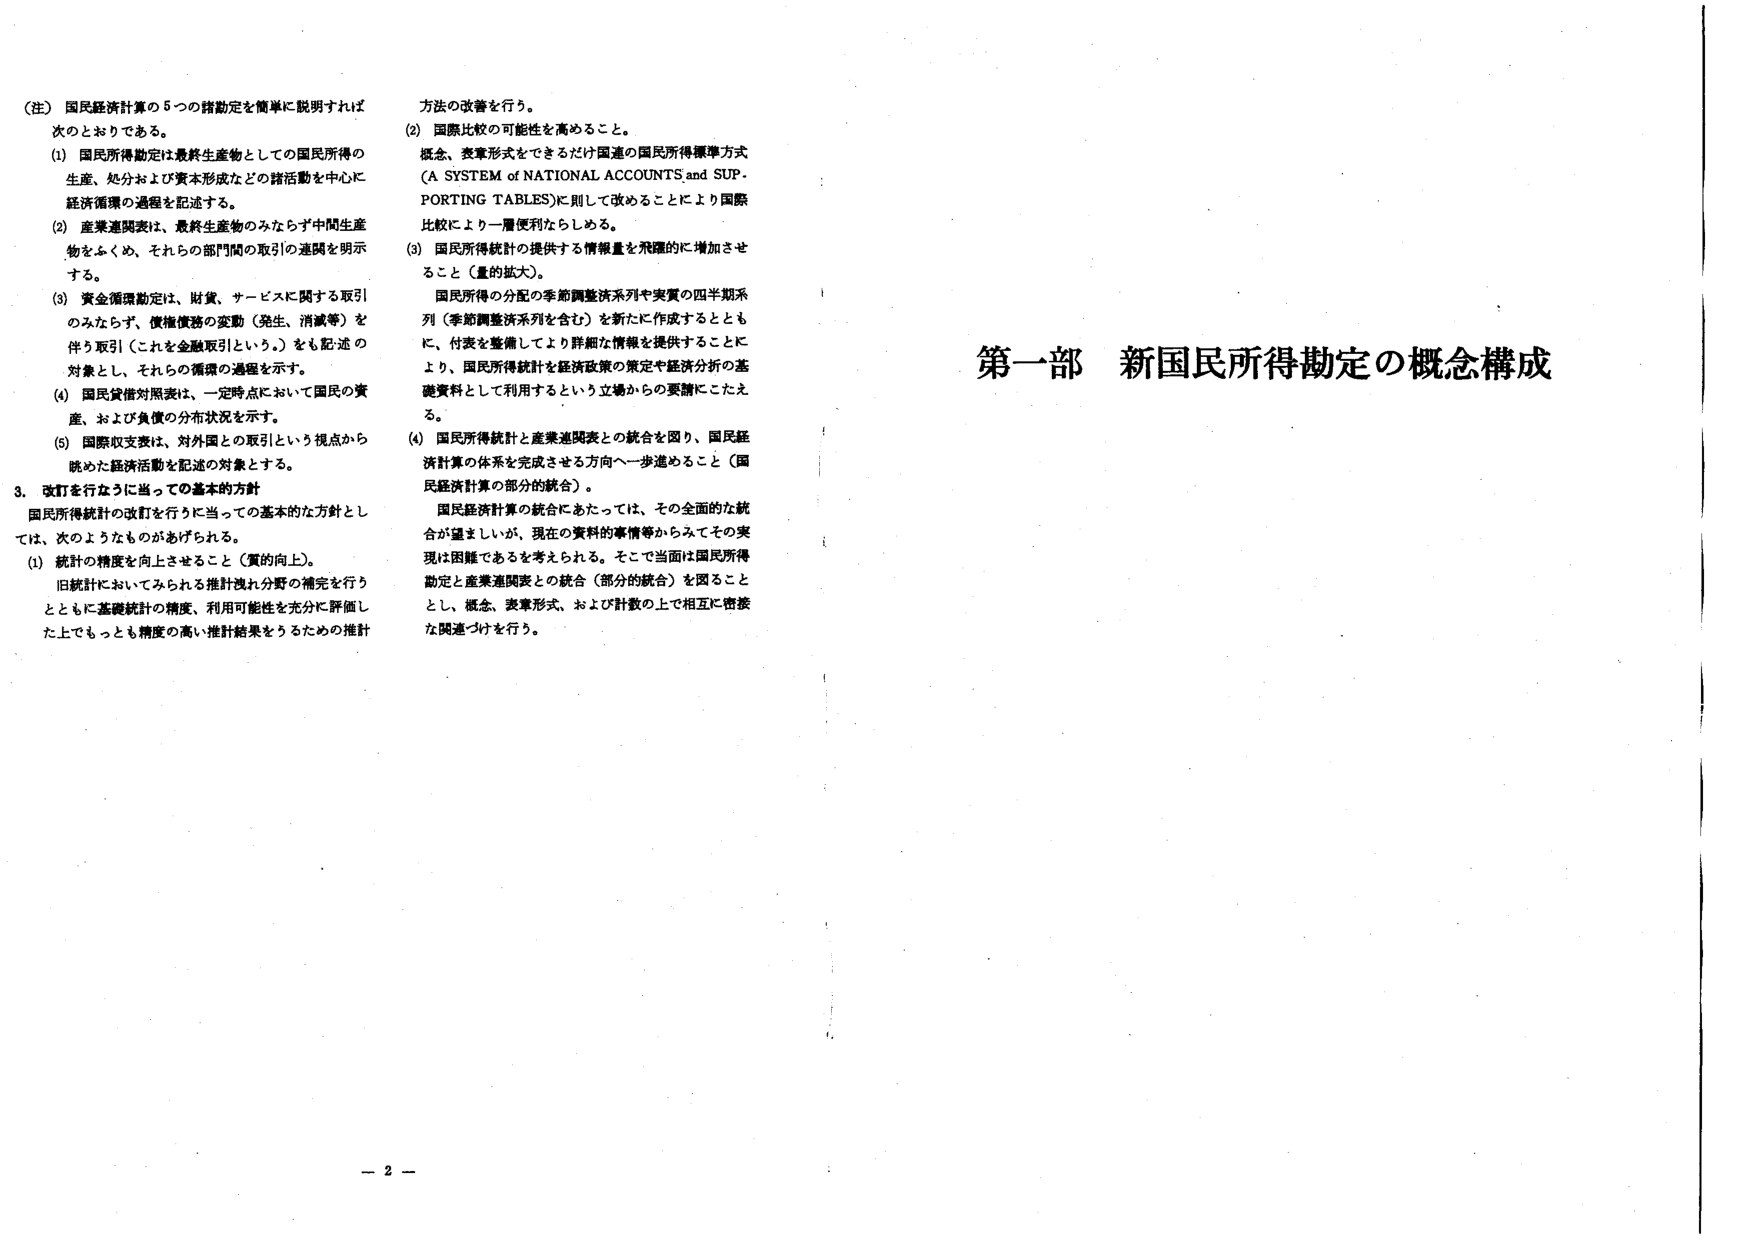
（注）国民経済計算の5つの諸勘定を簡単に説明すれば次のとおりである。
(1) 国民所得勘定は最終生産物としての国民所得の生産、処分および資本形成などの諸活動を中心に経済循環の過程を記述する。
(2) 産業連関表は、最終生産物のみならず中間生産物をふくめ、それらの部門間の取引の連関を明示する。
(3) 資金循環勘定は、財貨、サービスに関する取引のみならず、債権債務の変動（発生、消滅等）を伴う取引（これを金融取引という。）をも記述の対象とし、それらの循環の過程を示す。
(4) 国民貸借対照表は、一定時点において国民の資産、および負債の分布状況を示す。
(5) 国際収支表は、対外国との取引という視点から眺めた経済活動を記述の対象とする。
3. 改訂を行なうに当っての基本的方針
国民所得統計の改訂を行うに当っての基本的な方針としては、次のようなものがあげられる。
(1) 統計の精度を向上させること（質的向上）。
旧統計においてみられる推計誤れ分野の補完を行うとともに基礎統計の精度、利用可能性を充分に評価した上でもっとも精度の高い推計結果をうるための推計方法の改善を行う。
(2) 国際比較の可能性を高めること。
概念、表章形式をできるだけ国連の国民所得標準方式（A SYSTEM of NATIONAL ACCOUNTS and SUPPORTING TABLES）に則して改めることにより国際比較により一層便利ならしめる。
(3) 国民所得統計の提供する情報量を飛躍的に増加させること（量的拡大）。
国民所得の分配の季節調整済系列や実質の四半期系列（季節調整済系列を含む）を新たに作成するとともに、付表を整備してより詳細な情報を提供することにより、国民所得統計を経済政策の策定や経済分析の基礎資料として利用するという立場からの要請にこたえる。
(4) 国民所得統計と産業連関表との統合を図り、国民経済計算の体系を完成させる方向へ一歩進めるこ と（国民経済計算の部分的統合）。
国民経済計算の統合にあたっては、その全面的な統合が望ましいが、現在の資料的事情等からみてその実現は困難であると考えられる。そこで当面は国民所得勘定と産業連関表との統合（部分的統合）を図ることとし、概念、表章形式、および計数の上で相互に密接な関連づけを行う。

第一部 新国民所得勘定の概念構成

－ 2 －